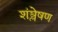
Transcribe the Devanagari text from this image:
शंश्लेषण